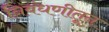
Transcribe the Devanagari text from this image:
निबंधणीतून